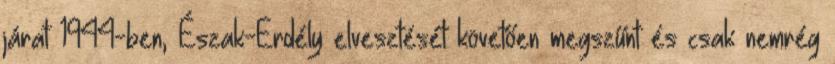
járat 1944-ben, Észak-Erdély elvesztését követően megszűnt és csak nemrég